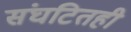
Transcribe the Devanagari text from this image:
संघटितही